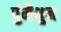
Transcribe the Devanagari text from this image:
पुंमैथुन